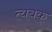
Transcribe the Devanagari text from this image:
त्यबक्